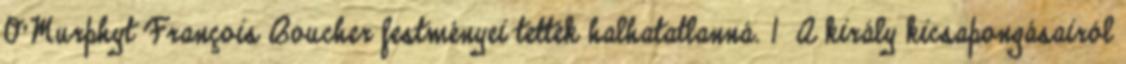
O’Murphyt François Boucher festményei tették halhatatlanná. 1 A király kicsapongásairól